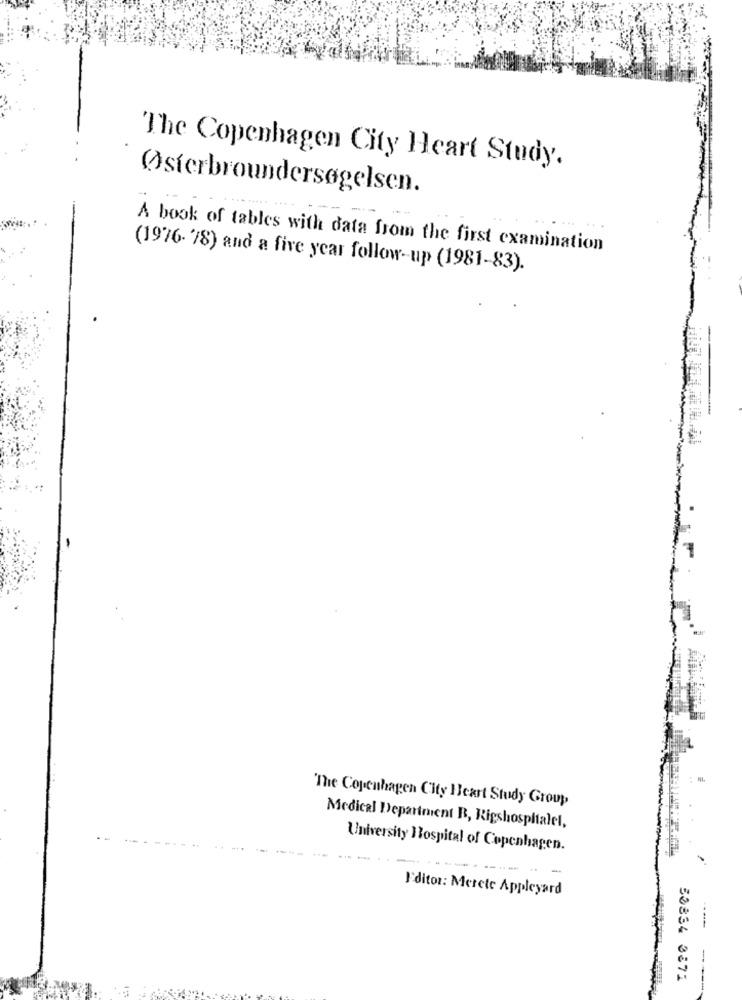
The Copenhagen City Heart Study.
Østerbroundersøgelsen.
A book of tables with data from the first examination
(1976- 78) and a five year follow-up (1981-83).
"The Copenhagen City Heart Study Group
Medical Department R, Rigshospitalet,
University Hospital of Copenhagen.
----
I'ditor: Merete Appleyard
50834 3871